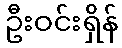
ဦးဝင်းရှိန်